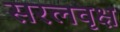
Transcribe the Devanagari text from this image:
सरलवृक्ष